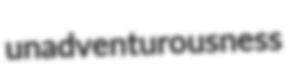
unadventurousness